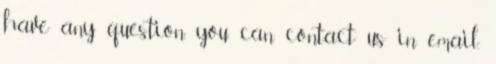
have any question, you can contact us in email,